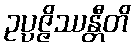
ဥပ္ပဇ္ဇိဿန္တီတိ